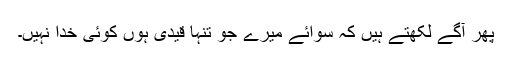
پھر آگے لکھتے ہیں کہ سوائے میرے جو تنہا قیدی ہوں کوئی خدا نہیں۔